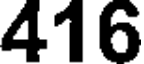
416